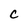
Character: C